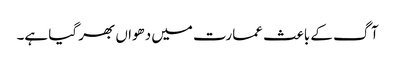
آگ کے باعث عمارت میں دھواں بھر گیا ہے۔